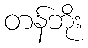
တန်ဘိုး